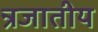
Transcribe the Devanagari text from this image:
न्रजातीय